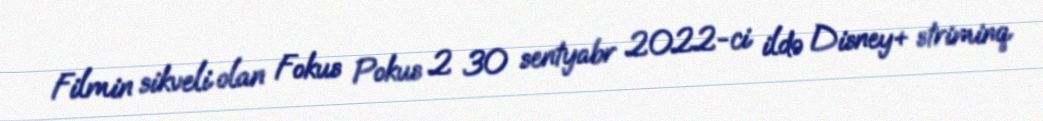
Filmin sikveli olan Fokus Pokus 2 30 sentyabr 2022-ci ildə Disney+ striminq